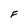
Character: F